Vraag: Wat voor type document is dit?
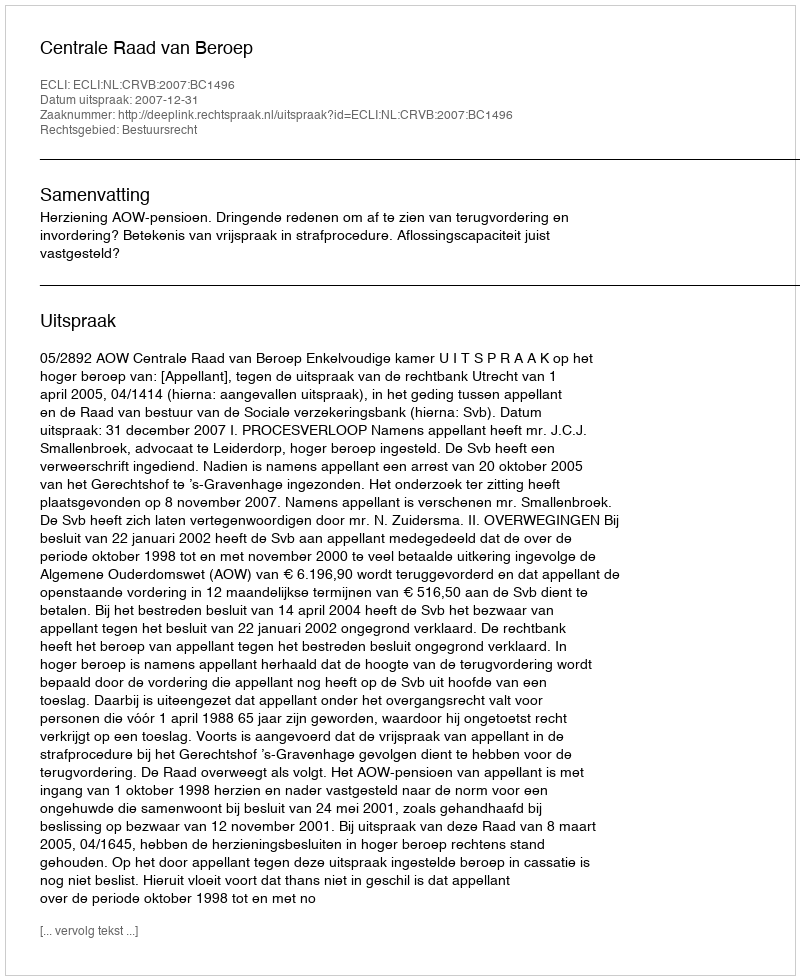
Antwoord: Uitspraak